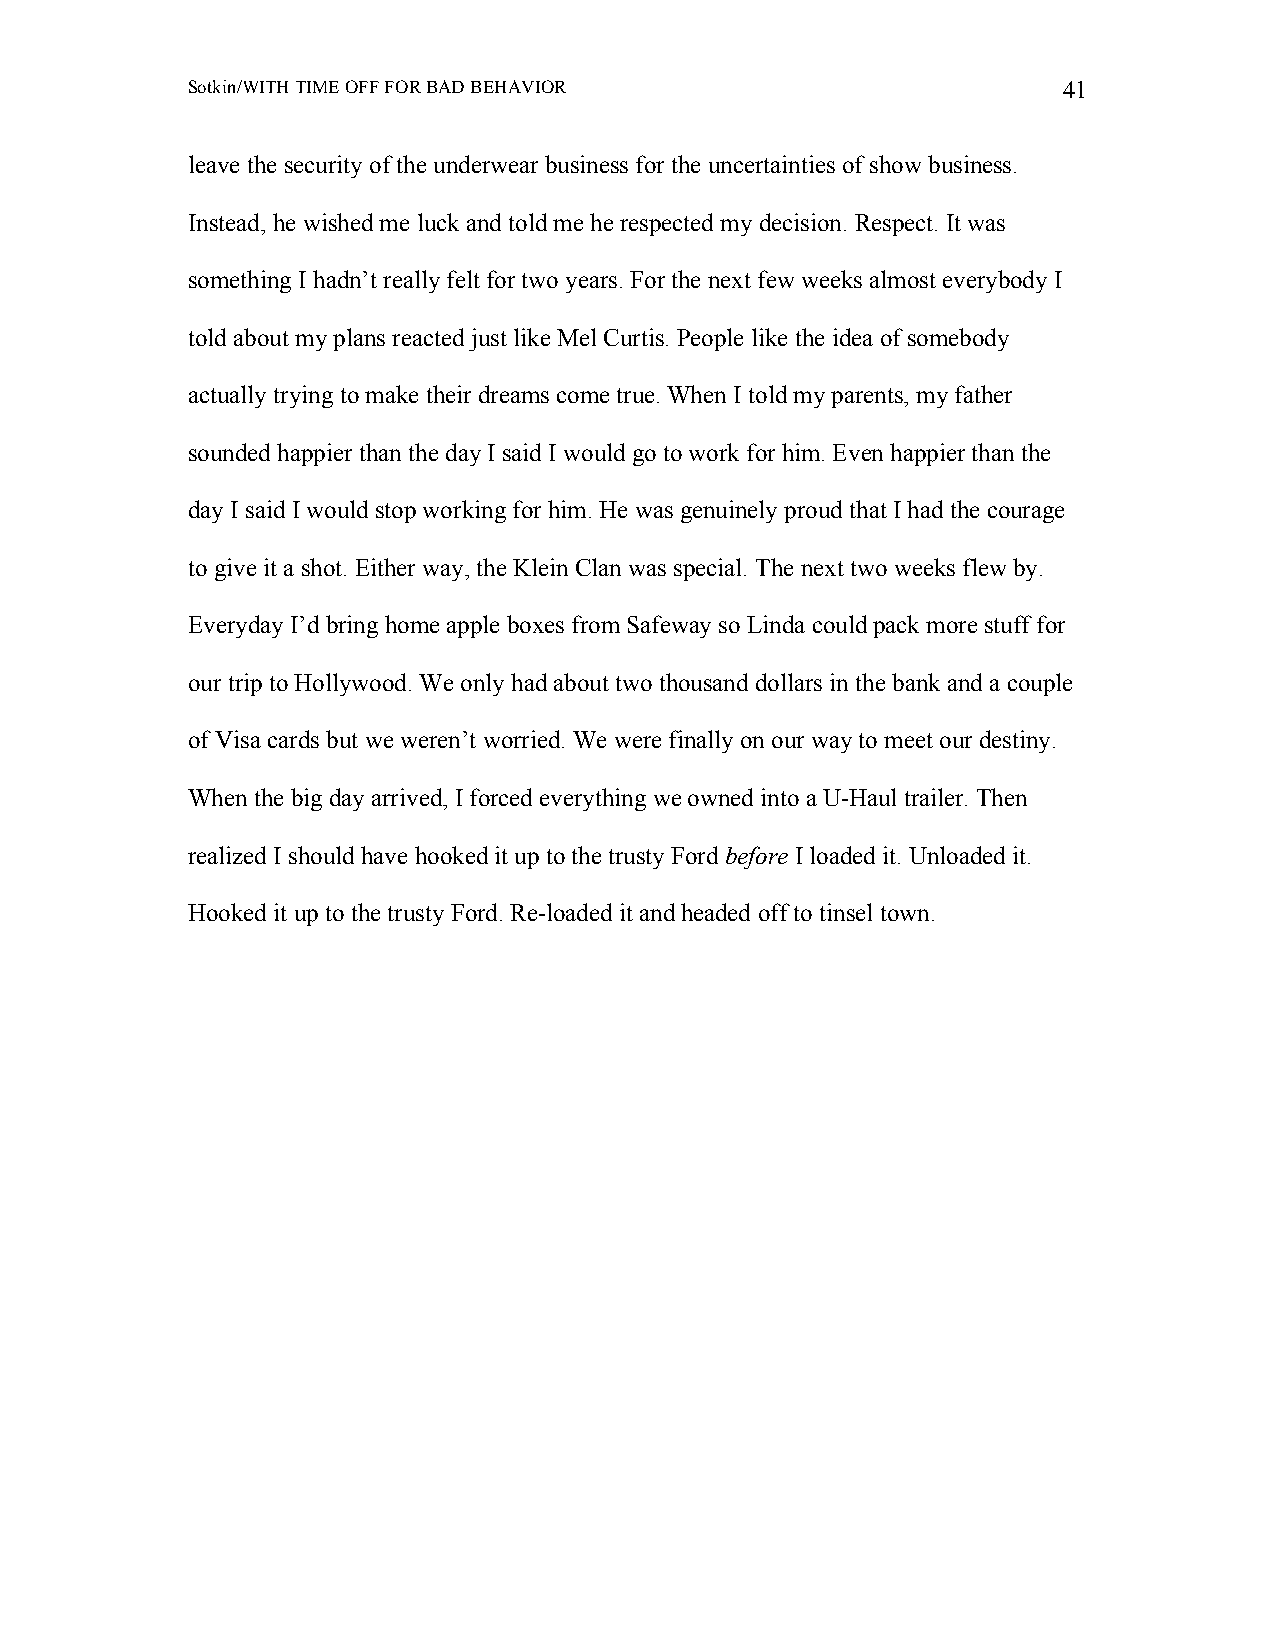
Sotkin/WITH TIME OFF FOR BAD BEHAVIOR                     41
 leave the security of the underwear business for the uncertainties of show business.
 Instead, he wished me luck and told me he respected my decision. Respect. It was
 something I hadn’t really felt for two years. For the next few weeks almost everybody I
 told about my plans reacted just like Mel Curtis. People like the idea of somebody
 actually trying to make their dreams come true. When I told my parents, my father
 sounded happier than the day I said I would go to work for him. Even happier than the
 day I said I would stop working for him. He was genuinely proud that I had the courage
 to give it a shot. Either way, the Klein Clan was special. The next two weeks flew by.
 Everyday I’d bring home apple boxes from Safeway so Linda could pack more stuff for
 our trip to Hollywood. We only had about two thousand dollars in the bank and a couple
 of Visa cards but we weren’t worried. We were finally on our way to meet our destiny.
 When the big day arrived, I forced everything we owned into a U-Haul trailer. Then
 realized I should have hooked it up to the trusty Ford before I loaded it. Unloaded it.
 Hooked it up to the trusty Ford. Re-loaded it and headed off to tinsel town.